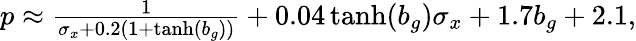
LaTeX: \begin{array}{r}{p\approx\frac{1}{\sigma_{x}+0.2(1+\operatorname{tanh}(b_{g}))}+0.04\operatorname{tanh}(b_{g})\sigma_{x}+1.7b_{g}+2.1,}\end{array}